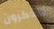
أتذكرون